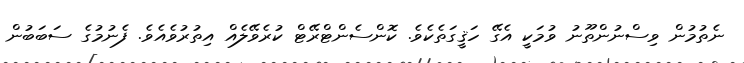
ނެތުމުން ވިސްނުންތޫނު ވުމަކީ އެގޭ ހަޤީގަތެކެވެ. ކޮންސެންޓްރޭޓް ކުރެވޭލެއް އިތުރުވެއެވެ. ފެނުމުގެ ސަބަބުން